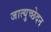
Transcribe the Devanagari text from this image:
जात्युच्छेदन